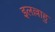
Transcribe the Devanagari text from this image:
इलल्लाहु